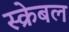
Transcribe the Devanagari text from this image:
स्क्रेबल